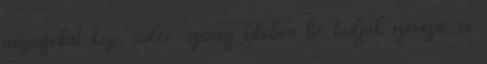
anyagokat kép, videó, szöveg időben be tudjuk szerezni és